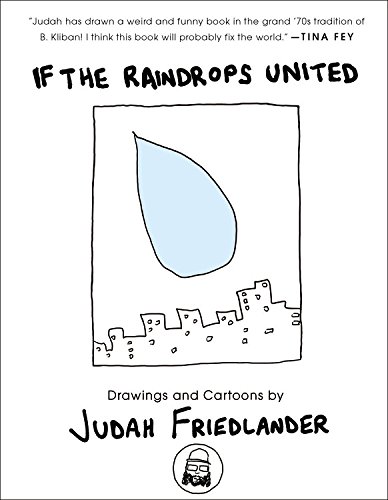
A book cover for If the Raindrops United: Drawings and Cartoons; Judah Friedlander; Comics & Graphic Novels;